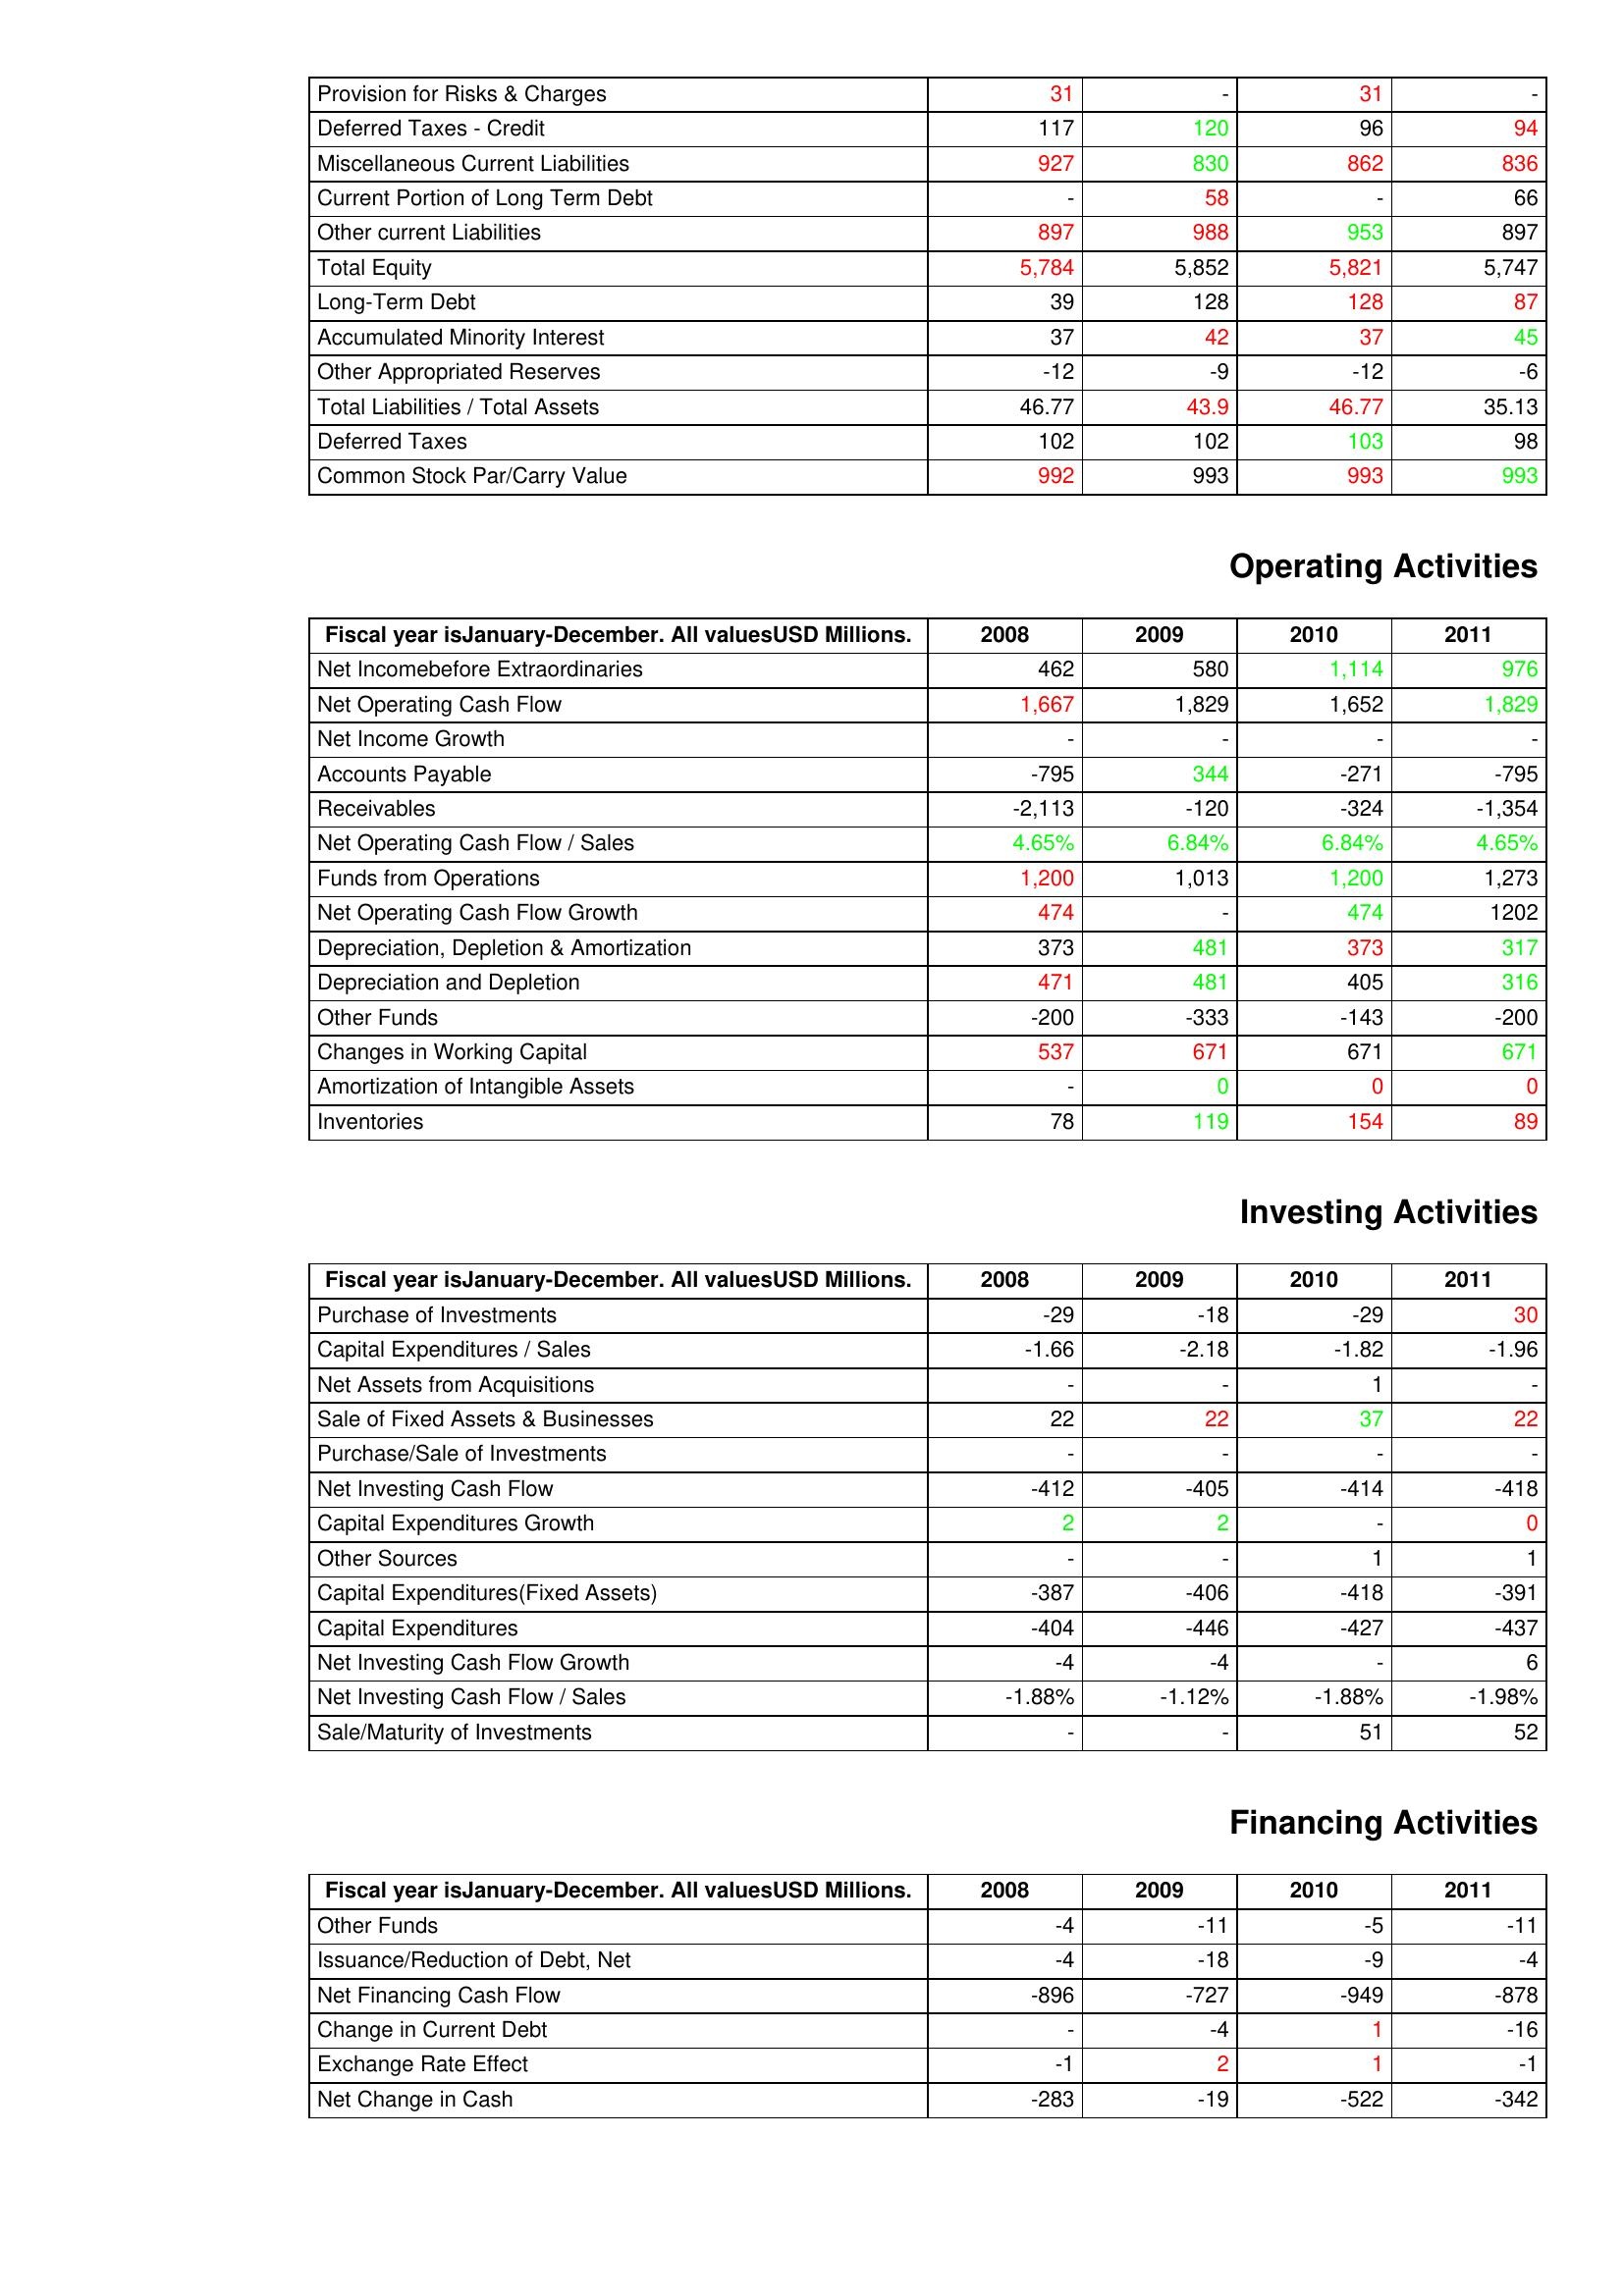
gt_parse: 2008: Liabilities & Shareholder's Equity: Provision for Risks & Charges: 31
Deferred Taxes - Credit: 117
Miscellaneous Current Liabilities: 927
Current Portion of Long Term Debt: -
Other current Liabilities: 897
Total Equity: 5,784
Long-Term Debt: 39
Accumulated Minority Interest: 37
Other Appropriated Reserves: -12
Total Liabilities / Total Assets: 46.77
Deferred Taxes: 102
Common Stock Par/Carry Value: 992
Operating Activities: Net Incomebefore Extraordinaries: 462
Net Operating Cash Flow: 1,667
Net Income Growth: -
Accounts Payable: -795
Receivables: -2,113
Net Operating Cash Flow / Sales: 4.65%
Funds from Operations: 1,200
Net Operating Cash Flow Growth: 474
Depreciation, Depletion & Amortization: 373
Depreciation and Depletion: 471
Other Funds: -200
Changes in Working Capital: 537
Amortization of Intangible Assets: -
Inventories: 78
Investing Activities: Purchase of Investments: -29
Capital Expenditures / Sales: -1.66
Net Assets from Acquisitions: -
Sale of Fixed Assets & Businesses: 22
Purchase/Sale of Investments: -
Net Investing Cash Flow: -412
Capital Expenditures Growth: 2
Other Sources: -
Capital Expenditures(Fixed Assets): -387
Capital Expenditures: -404
Net Investing Cash Flow Growth: -4
Net Investing Cash Flow / Sales: -1.88%
Sale/Maturity of Investments: -
Financing Activities: Other Funds: -4
Issuance/Reduction of Debt, Net: -4
Net Financing Cash Flow: -896
Change in Current Debt: -
Exchange Rate Effect: -1
Net Change in Cash: -283
2009: Liabilities & Shareholder's Equity: Provision for Risks & Charges: -
Deferred Taxes - Credit: 120
Miscellaneous Current Liabilities: 830
Current Portion of Long Term Debt: 58
Other current Liabilities: 988
Total Equity: 5,852
Long-Term Debt: 128
Accumulated Minority Interest: 42
Other Appropriated Reserves: -9
Total Liabilities / Total Assets: 43.9
Deferred Taxes: 102
Common Stock Par/Carry Value: 993
Operating Activities: Net Incomebefore Extraordinaries: 580
Net Operating Cash Flow: 1,829
Net Income Growth: -
Accounts Payable: 344
Receivables: -120
Net Operating Cash Flow / Sales: 6.84%
Funds from Operations: 1,013
Net Operating Cash Flow Growth: -
Depreciation, Depletion & Amortization: 481
Depreciation and Depletion: 481
Other Funds: -333
Changes in Working Capital: 671
Amortization of Intangible Assets: 0
Inventories: 119
Investing Activities: Purchase of Investments: -18
Capital Expenditures / Sales: -2.18
Net Assets from Acquisitions: -
Sale of Fixed Assets & Businesses: 22
Purchase/Sale of Investments: -
Net Investing Cash Flow: -405
Capital Expenditures Growth: 2
Other Sources: -
Capital Expenditures(Fixed Assets): -406
Capital Expenditures: -446
Net Investing Cash Flow Growth: -4
Net Investing Cash Flow / Sales: -1.12%
Sale/Maturity of Investments: -
Financing Activities: Other Funds: -11
Issuance/Reduction of Debt, Net: -18
Net Financing Cash Flow: -727
Change in Current Debt: -4
Exchange Rate Effect: 2
Net Change in Cash: -19
2010: Liabilities & Shareholder's Equity: Provision for Risks & Charges: 31
Deferred Taxes - Credit: 96
Miscellaneous Current Liabilities: 862
Current Portion of Long Term Debt: -
Other current Liabilities: 953
Total Equity: 5,821
Long-Term Debt: 128
Accumulated Minority Interest: 37
Other Appropriated Reserves: -12
Total Liabilities / Total Assets: 46.77
Deferred Taxes: 103
Common Stock Par/Carry Value: 993
Operating Activities: Net Incomebefore Extraordinaries: 1,114
Net Operating Cash Flow: 1,652
Net Income Growth: -
Accounts Payable: -271
Receivables: -324
Net Operating Cash Flow / Sales: 6.84%
Funds from Operations: 1,200
Net Operating Cash Flow Growth: 474
Depreciation, Depletion & Amortization: 373
Depreciation and Depletion: 405
Other Funds: -143
Changes in Working Capital: 671
Amortization of Intangible Assets: 0
Inventories: 154
Investing Activities: Purchase of Investments: -29
Capital Expenditures / Sales: -1.82
Net Assets from Acquisitions: 1
Sale of Fixed Assets & Businesses: 37
Purchase/Sale of Investments: -
Net Investing Cash Flow: -414
Capital Expenditures Growth: -
Other Sources: 1
Capital Expenditures(Fixed Assets): -418
Capital Expenditures: -427
Net Investing Cash Flow Growth: -
Net Investing Cash Flow / Sales: -1.88%
Sale/Maturity of Investments: 51
Financing Activities: Other Funds: -5
Issuance/Reduction of Debt, Net: -9
Net Financing Cash Flow: -949
Change in Current Debt: 1
Exchange Rate Effect: 1
Net Change in Cash: -522
2011: Liabilities & Shareholder's Equity: Provision for Risks & Charges: -
Deferred Taxes - Credit: 94
Miscellaneous Current Liabilities: 836
Current Portion of Long Term Debt: 66
Other current Liabilities: 897
Total Equity: 5,747
Long-Term Debt: 87
Accumulated Minority Interest: 45
Other Appropriated Reserves: -6
Total Liabilities / Total Assets: 35.13
Deferred Taxes: 98
Common Stock Par/Carry Value: 993
Operating Activities: Net Incomebefore Extraordinaries: 976
Net Operating Cash Flow: 1,829
Net Income Growth: -
Accounts Payable: -795
Receivables: -1,354
Net Operating Cash Flow / Sales: 4.65%
Funds from Operations: 1,273
Net Operating Cash Flow Growth: 1202
Depreciation, Depletion & Amortization: 317
Depreciation and Depletion: 316
Other Funds: -200
Changes in Working Capital: 671
Amortization of Intangible Assets: 0
Inventories: 89
Investing Activities: Purchase of Investments: 30
Capital Expenditures / Sales: -1.96
Net Assets from Acquisitions: -
Sale of Fixed Assets & Businesses: 22
Purchase/Sale of Investments: -
Net Investing Cash Flow: -418
Capital Expenditures Growth: 0
Other Sources: 1
Capital Expenditures(Fixed Assets): -391
Capital Expenditures: -437
Net Investing Cash Flow Growth: 6
Net Investing Cash Flow / Sales: -1.98%
Sale/Maturity of Investments: 52
Financing Activities: Other Funds: -11
Issuance/Reduction of Debt, Net: -4
Net Financing Cash Flow: -878
Change in Current Debt: -16
Exchange Rate Effect: -1
Net Change in Cash: -342